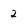
Character: 2